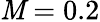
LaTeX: \mathit{M}=0.2